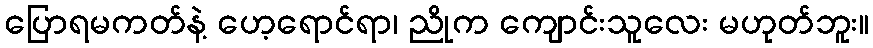
ပြောရမကတ်နဲ့ ဟေ့ရောင်ရာ၊ ညိုက ကျောင်းသူလေး မဟုတ်ဘူး။